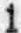
1